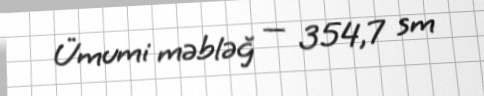
Ümumi məbləğ — 354,7 sm